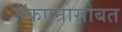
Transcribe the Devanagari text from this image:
मॅकएन्रोसोबत